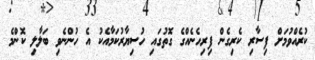
ކުރެއްވުމަށް ފިސާރި ކެރިގެން ފިރިހެނެއްގެ ގޮތުގައި ހުސިޔާރުކަމާއެކު އެ ހުންނެވި ބަލާލި ކޮންމެ